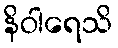
နိဝါရေသိ